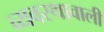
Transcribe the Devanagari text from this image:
व्यवस्थावाली